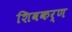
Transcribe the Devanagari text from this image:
शिवकर्ण